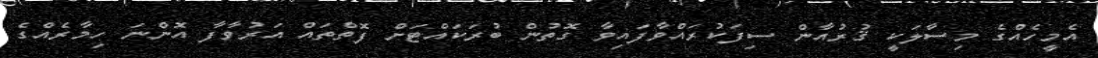
އެމީހެއްގެ މިސާލަކީ ޤުރުއާން ސިފަކުރައްވާފައިވާ ގޮތުން ބުރަކައްޓަށް ފޮތްތައް އަރުވާފާ އޮންނަ ހިމާރެއްގެ